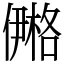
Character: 鿚